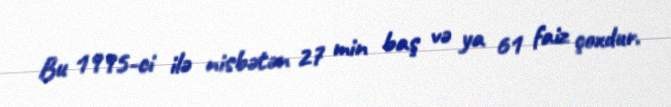
Bu 1995-ci ilə nisbətən 27 min baş və ya 61 faiz çoxdur.